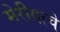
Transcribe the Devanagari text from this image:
मेरीयाचे